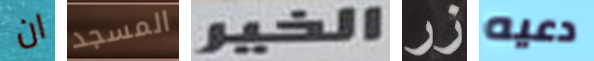
ان المسجد الخير زر دعيه